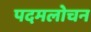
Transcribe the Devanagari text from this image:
पदमलोचन